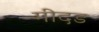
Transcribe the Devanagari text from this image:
गीदड